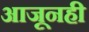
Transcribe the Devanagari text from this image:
आजूनही